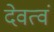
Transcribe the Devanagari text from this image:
देवत्वं